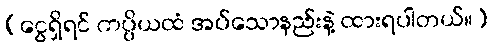
[ငွေရှိရင် ကပ္ပိယထံ အပ်သောနည်းနဲ့ ထားရပါတယ်။]